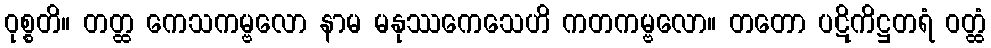
ဝုစ္စတိ။ တတ္ထ ကေသကမ္ဗလော နာမ မနုဿကေသေဟိ ကတကမ္ဗလော။ တတော ပဋိကိဋ္ဌတရံ ဝတ္ထံ